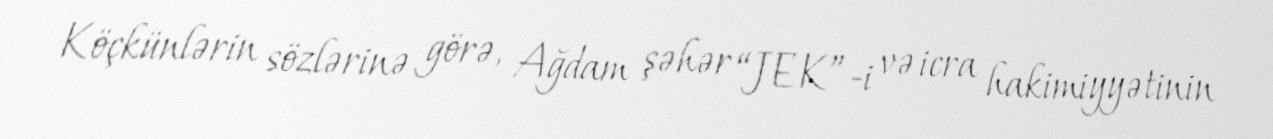
Köçkünlərin sözlərinə görə, Ağdam şəhər “JEK”-i və icra hakimiyyətinin